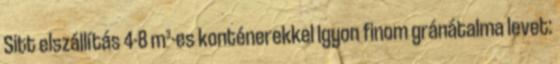
Sitt elszállítás 4-8 m³-es konténerekkel Igyon finom gránátalma levet: